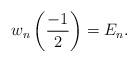
LaTeX: \begin{align*}w_{n}\left( \frac{-1}{2}\right) =E_{n}. \end{align*}